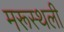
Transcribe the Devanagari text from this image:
मरूस्थली